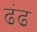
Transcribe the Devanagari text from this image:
ढंढ